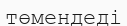
төмендеді